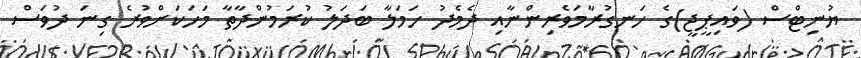
ޔުނިޓްސް (ވައިޕީޖީ)ގެ ހަނގުރާމަވެރިންނާއި ދެމެދު ހަމަލާ ބަދަލު ކުރަމުންދާތާ މަހަކަށްވުރެ ގިނަ ދުވަސް